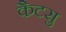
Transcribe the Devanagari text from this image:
कैटसु